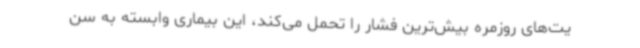
یت‌های روزمره بیش‌ترین فشار را تحمل می‌کند، این بیماری وابسته به سن